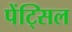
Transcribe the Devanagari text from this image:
पेंट्सिल